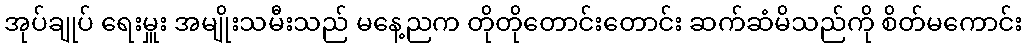
အုပ်ချုပ် ရေးမှူး အမျိုးသမီးသည် မနေ့ညက တိုတိုတောင်းတောင်း ဆက်ဆံမိသည်ကို စိတ်မကောင်း